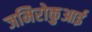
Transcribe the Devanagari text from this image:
जमिरोकुआई